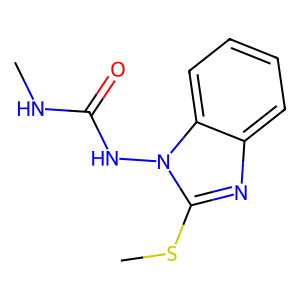
SMILES: CNC(=O)Nn1c(SC)nc2ccccc21
Inhibits HIV replication: No